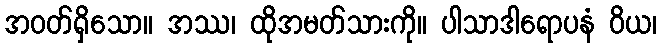
အဝတ်ရှိသော။ အဿ၊ ထိုအမတ်သားကို။ ပါသာဒါရောပနံ ဝိယ၊